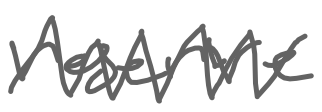
Text: reserve
Cross-out: zig-zag
Writing tool: digital_gray